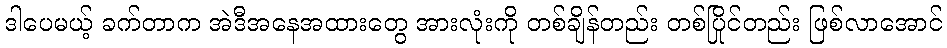
ဒါပေမယ့် ခက်တာက အဲဒီအနေအထားတွေ အားလုံးကို တစ်ချိန်တည်း တစ်ပြိုင်တည်း ဖြစ်လာအောင်